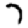
Digit: 7